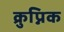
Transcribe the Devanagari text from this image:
क्रुप्निक